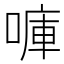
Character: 𠺟